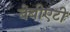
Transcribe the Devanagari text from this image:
बेबीएटी